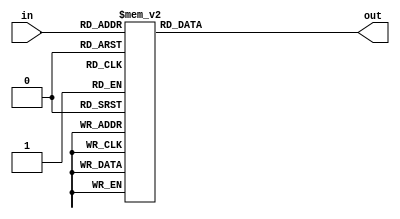
`timescale 1ns / 1ps
module Binary_to_9_TC(in,out);
    input [4:1]in;
    output reg [8:1]out;
    always @(*) begin
        case (in)
            4'h0:out    = 8'b00000000;
            4'h1:out    = 8'b00000001;
            4'h2:out    = 8'b00000011;
            4'h3:out    = 8'b00000111;
            4'h4:out    = 8'b00001111;
            4'h5:out    = 8'b00011111;
            4'h6:out    = 8'b00111111;
            4'h7:out    = 8'b01111111;
            4'h8:out    = 8'b11111111;
            default:out = 8'bxxxxxxxx;
        endcase
    end
endmodule